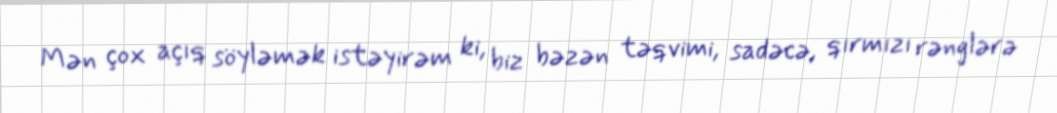
Mən çox açıq söyləmək istəyirəm ki, biz bəzən təqvimi, sadəcə, qırmızı rənglərə